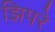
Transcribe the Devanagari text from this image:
झिपरे